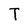
Character: T